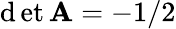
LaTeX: \operatorname*{\mathrm{d}et}\mathbf{{A}}=-1/2